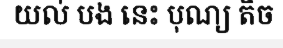
យល់ បង នេះ បុណ្យ តិច